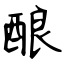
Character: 酿